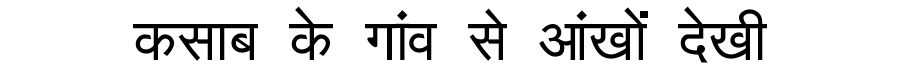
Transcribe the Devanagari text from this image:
कसाब के गांव से आंखों देखी